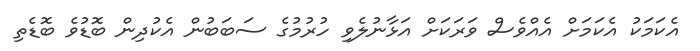
އެކަމަކު އެކަމަށް އެއްވެސް ވަރަކަށް އަޅާނުލެވި ހުރުމުގެ ސަބަބުން އެކުދިން ބޮޑުވެ ބޮޑެތި